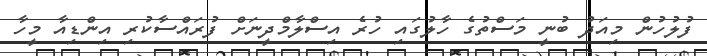
ފުލުހުން މިއަދު ބުނީ މަސްތުގެ ހާލުގައި ހުރެ އިސްލާމްދީނަށް ފުރައްސާކުރި އިންޑިއާ މީހާ